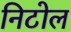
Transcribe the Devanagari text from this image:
निटोल